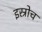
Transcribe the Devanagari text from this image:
इस्रोच